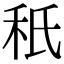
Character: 秖